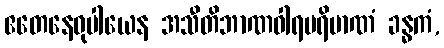
ဧတေနေဝုပါယေန အသီတိဘာဏဝါရပရိမာဏံ ခန္ဓကံ,